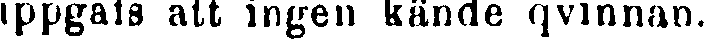
uppgafs att ingen kände qvinnan.